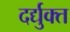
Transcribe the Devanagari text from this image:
दर्द्युक्त